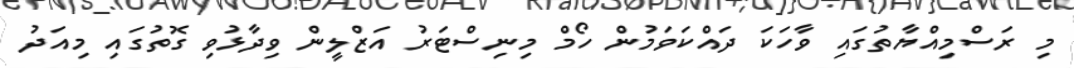
މި ރަސްމިއްޔާތުގައި ވާހަކަ ދައްކަވަމުން ހޯމް މިނިސްޓަރު އަޒްލީން ވިދާޅުވި ގޮތުގައި މިއަދު